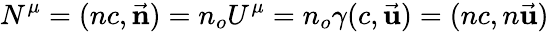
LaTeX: N^{\mu}=(nc,{\vec{\mathbf{n}}})=n_{o}U^{\mu}=n_{o}\gamma(c,{\vec{\mathbf{u}}})=(nc,n{\vec{\mathbf{u}}})